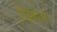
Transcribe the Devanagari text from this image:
विरामः